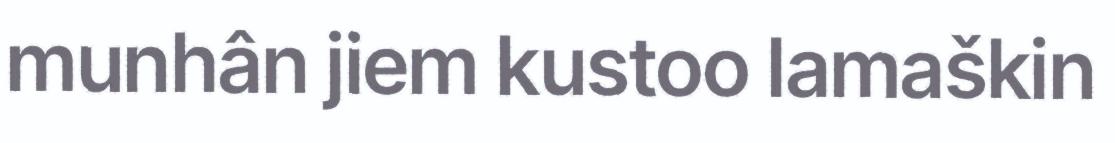
munhân jiem kustoo lamaškin